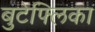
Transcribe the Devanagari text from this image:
बुटेफ्लिका